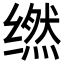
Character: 𬙇